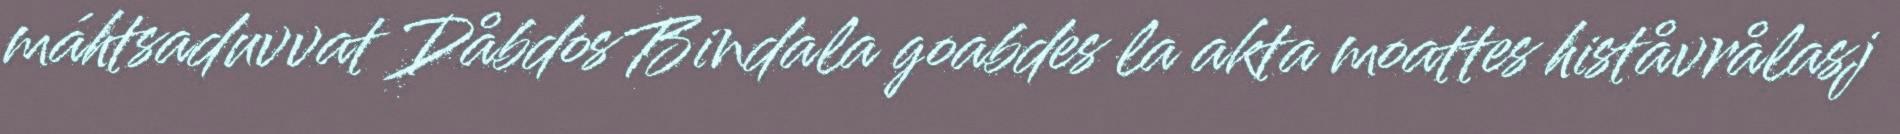
máhtsaduvvat Dåbdos Bindala goabdes la akta moattes histåvrålasj